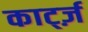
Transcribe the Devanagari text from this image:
कार्ट्ज़